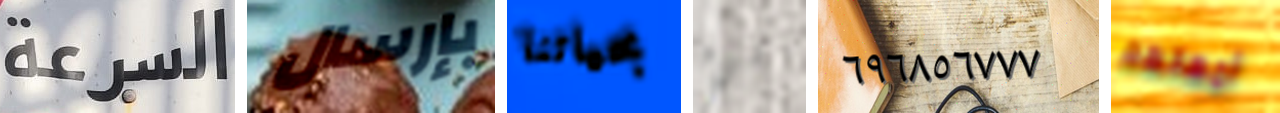
السرعة بإرسال بحياتنا شيء ٦٩٦٨٥٦٧٧٧ أمهاتهم